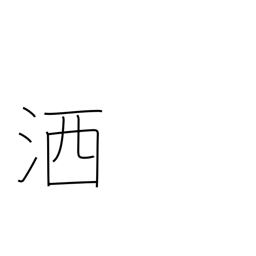
Meaning: wash